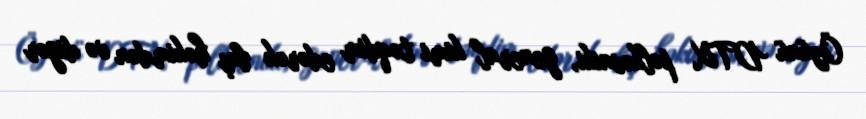
Özünü DTX polkovniki, general kimi təqdim edərək baş həkimdən və digər